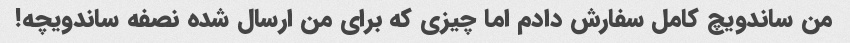
من ساندویچ کامل سفارش دادم اما چیزی که برای من ارسال شده نصفه ساندویچه!